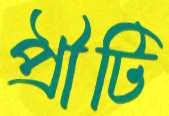
প্রীটি